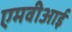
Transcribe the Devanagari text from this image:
एमवीआई